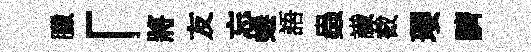
臘「將友忘蜷語蟲䜟截瓔臍